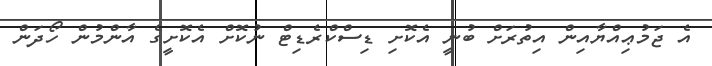
އެ ޖަމުޢިއްޔާއިން އިތުރަށް ބުނީ އެކޮށި ޑިސްކްރެޑިޓް ނުކޮށް އެކޮށީގެ އާންމުން ހޯދަން